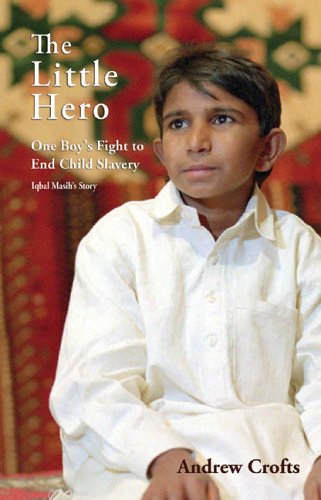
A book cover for The Little HeroEEOne Boy's Fight for Freedom: Iqbal Masih's Story; Andrew Crofts; Business & Money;